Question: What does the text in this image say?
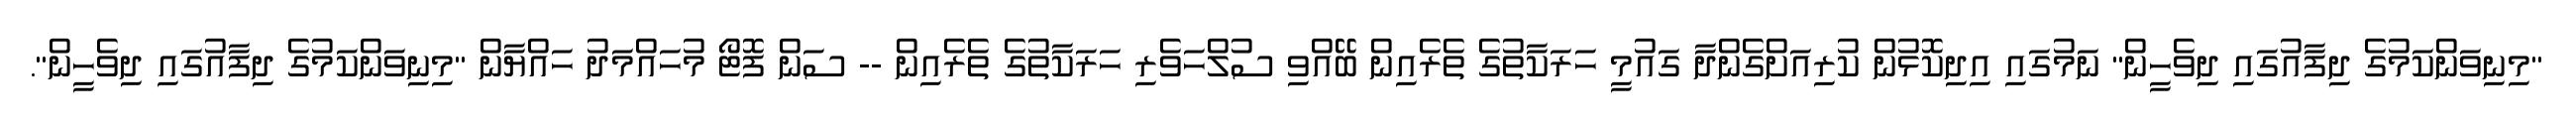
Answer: "މިނިވަންކަމުގެ ދިފާއުގައި ދިވެހީން" ނަމުގައި އިދިކޮޅުން ކުރިއަށްގެންދާ ގައުމީ ހަރަކާތުގެ ތެރެއިން ބޭއްވި ސުލްހަވެރި ހަރަކާތުގެ ތެރެއިން -- ސަން ފޮޓޯ މުހައްމަދު ހައްޔާން "މިނިވަންކަމުގެ ދިފާއުގައި ދިވެހީން".